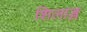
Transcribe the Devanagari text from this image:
शिलाङ्ग